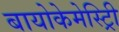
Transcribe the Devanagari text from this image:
बायोकेमेस्ट्रिी